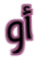
أو